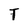
Character: T